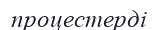
процестерді